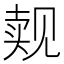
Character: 觌